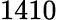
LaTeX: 1410